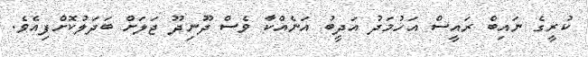
ކުރީގެ ނައިބް ރައީސް އަހުމަދު އަދީބު އަނެއްކާ ވެސް ދޫނިދޫ ޖަލަށް ބަދަލުކޮށްފިއެވެ.